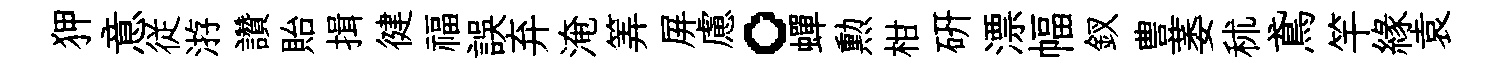
狎意従㳺讚貽揖徤福誤弃淹筭屏慮。蟬勲柑研漂幅釵豊萎秫鳶竿縁袁